Report of an investigation in regard to the prevalence of stegomyia and other mosquitoes in Karachi, and the measures necessary for their control
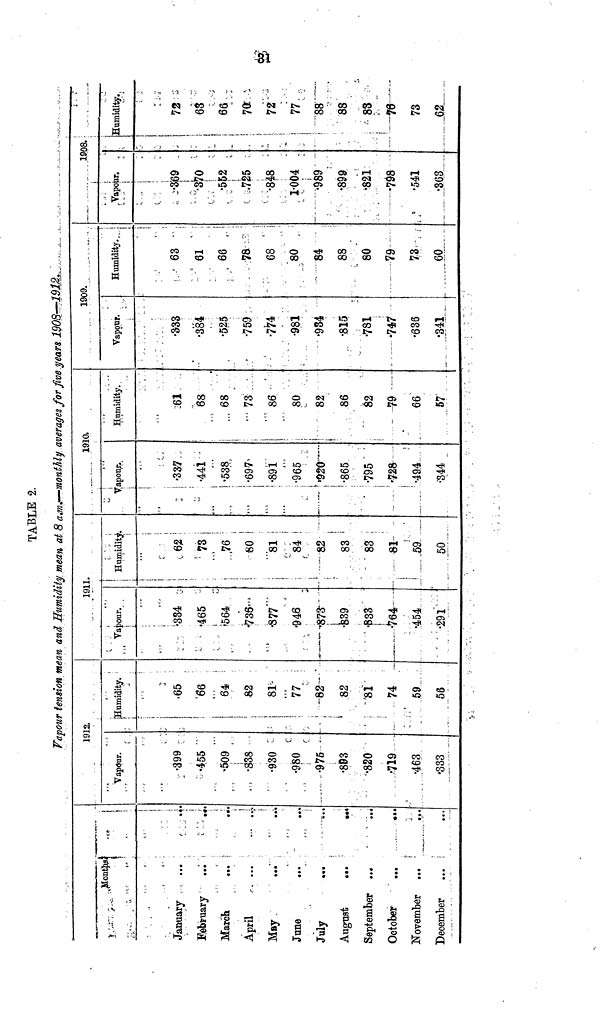
TABLE 2.
Vapour tension mean and Humidity mean at 8 a.m.—monthly averages for five years 1908—1912..
January
February
March
April
May
Jane
July
August
September
October
November
December
Months
• ••
•••
•••
...
• •*
• ••
**•
...
• •
...
...
Vapdur.
•399
455
·509
•838
•930
•980
•975
•893
·820
•719
•463
•333
1912
Humidity.
65
66
64.
82
81
77
82
82
81
74
59
56
Vapour.
•334
•465
•564
-736
•877
•946
•873
·839
•833
•764
•454
•291
1911.
Humidity.
62
73
76
80
81
84
82
83
83
81
59
50
Vapour,
•337
•441
•538
•697
•891
•965
•920
•865
•795
·728
•49.4
•344
1910.
Humidity.
61
68
68
73
86
80
82
86
82
79
66
57
Vapour.
•333
•384
•525
•759
•774
•981
•934
•815
•781
•747
•636
•341
1909.
Humidity.
63
61
66
78
68
80
84
88
80
79
73
60
Vapour.
•369
•370
•552
.725
•848
1·004
•989
•899
·821
•798
•541
•363
1908.
Humidity.
72
63
66
70
09
72
77
88
88
83
78
73
62